system: You are a helpful assistant.
user:
Analyze the provided spectrum to determine if it is a **M-type Giant (gM)**.

A M-type Giant spectrum is defined by its **strong molecular absorption** features, particularly from **Titanium Oxide (TiO)**. You must check for one of the following mutually exclusive signatures:

- **Key Visual Indicators (Absorption-Dominated Spectrum):**

    - **(Primary):** The spectrum is dominated by strong molecular absorption from **Titanium Oxide (TiO)**. This is the **defining feature** of its M-type temperature class.
        - **(Key Bandheads):** Look for sharp, "saw-tooth" absorption valleys. The strongest are located near **~7050 Å**, **~6160 Å**, and **~5170 Å**.
        - **(Line Profile):** The "saw-tooth" morphology is critical: a **sharp, steep drop on the BLUE (short-wavelength) side** of the bandhead, followed by a gradual recovery (rising flux) towards the RED (long-wavelength) side.

    - **(Key Confirmation - Giant vs. Dwarf):** **ABSENCE** of strong **Calcium Hydride (CaH)** molecular bands. This is the primary diagnostic for *excluding* M-dwarfs.
        - **(Key Region):** The spectrum should lack the strong, broad absorption band seen in dwarfs between **~6800 Å and ~7000 Å**.

    - **(Secondary Confirmation - Giant):** A very strong and broad **Neutral Calcium (Ca I)** atomic absorption line.
        - **(Key Line):** Located at **~4226 Å**. In a giant (gM), this line is significantly deeper and broader than the same line in an M-dwarf (dM) due to low surface gravity.

    - **(Overall Spectrum):**
        - The continuum is **extremely red-sloping** (i.e., flux is very low in the blue and rises dramatically towards the red).
        - The entire spectrum appears "chopped up" by the deep TiO bands.

Think first, call **spectral_visualization_tool** if needed to examine features in detail, then provide your final answer. Your response must adhere to the following strict rules:
1.  **Overall Structure:** Your response must follow the format `<think>...</think> <tool_call>...</tool_call> (if a tool is used) <answer>...</answer>`.
2.  **Tool Usage Constraint:** You may only make **one** tool call per turn.
3.  **Final Answer Format:** In the `<answer>` tag, your conclusion must be inside a `\boxed{}` command (e.g., `\boxed{YES}` or `\boxed{NO}`), followed by your justification.

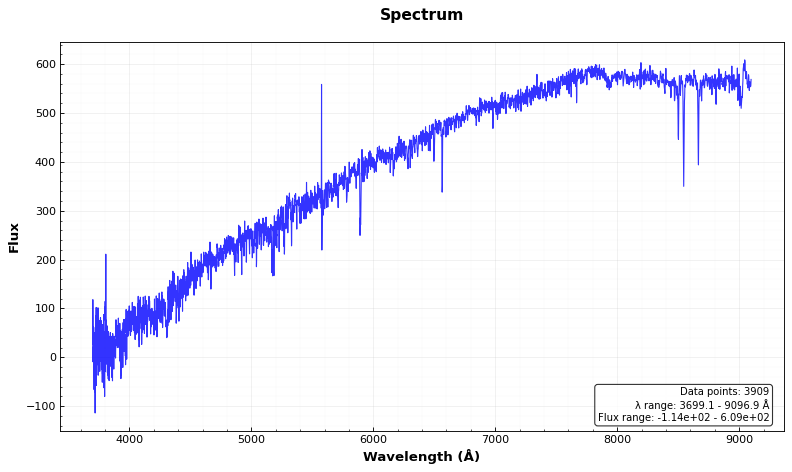
Answer: NO